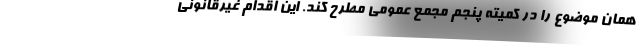
همان موضوع را در کمیته پنجم مجمع عمومی مطرح کند. این اقدام غیرقانونی